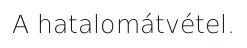
A hatalomátvétel.